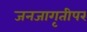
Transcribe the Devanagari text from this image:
जनजागृतीपर